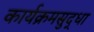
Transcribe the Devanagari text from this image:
कार्यक्रमसुद्धा